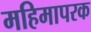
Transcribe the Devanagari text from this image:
महिमापरक